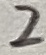
Text: 2